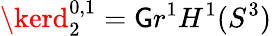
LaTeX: \kerd_{2}^{0,1}=\mathsf{G}r^{1}H^{1}(S^{3})